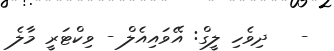
-   ދިވެހި ލީގް: އޭވައިއެލް - ވިކްޓަރީ މާލެ